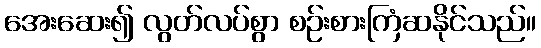
အေးဆေး၍ လွတ်လပ်စွာ စဉ်းစားကြံဆနိုင်သည်။